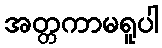
အတ္တကာမရူပါ